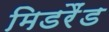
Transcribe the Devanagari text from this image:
मिडरैंड